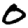
Digit: 0